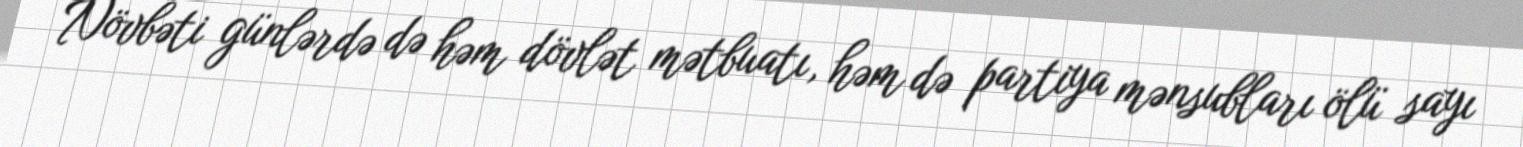
Növbəti günlərdə də həm dövlət mətbuatı, həm də partiya mənsubları ölü sayı